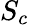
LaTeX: S_{c}